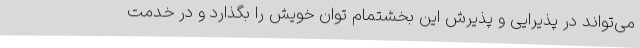
می‌تواند در پذیرایی و پذیرش این بخشتمام توان خویش را بگذارد و در خدمت